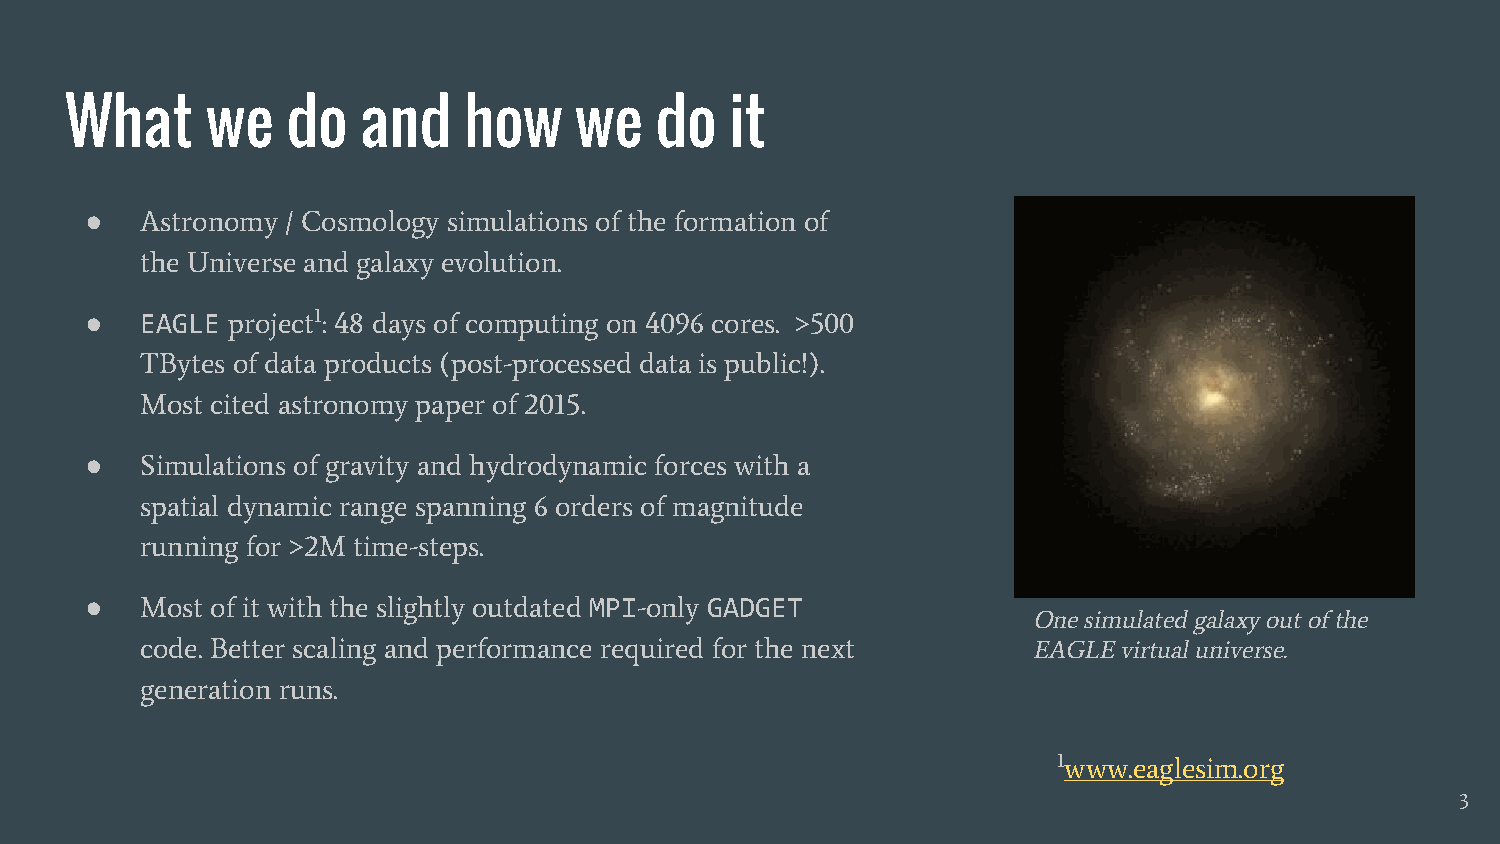
What      we   do   and    how    we   do   it
 ●  Astronomy / Cosmology simulations of the formation of
 the Universe and galaxy evolution.
 ●  EAGLE project1: 48 days of computing on 4096 cores. >500
 TBytes of data products (post-processed data is public!).
 Most cited astronomy paper of 2015.
 ●  Simulations of gravity and hydrodynamic forces with a
 spatial dynamic range spanning 6 orders of magnitude
 running for >2M time-steps.
 ●  Most of it with the slightly outdated MPI-only GADGET
 One simulated galaxy out of the
 code. Better scaling and performance required for the next EAGLE virtual universe.
 generation runs.
 1www.eaglesim.org
 3